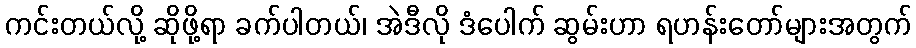
ကင်းတယ်လို့ ဆိုဖို့ရာ ခက်ပါတယ်၊ အဲဒီလို ဒံပေါက် ဆွမ်းဟာ ရဟန်းတော်များအတွက်